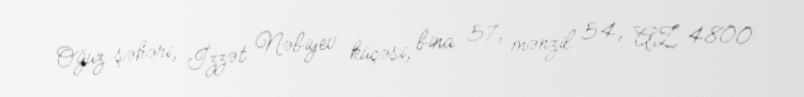
Oğuz şəhəri, İzzət Nəbiyev küçəsi, bina 57, mənzil 54, AZ 4800